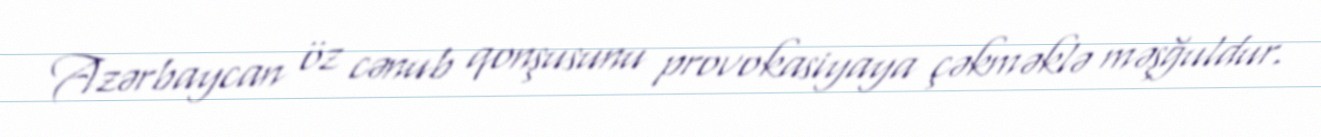
Azərbaycan öz cənub qonşusunu provokasiyaya çəkməklə məşğuldur.